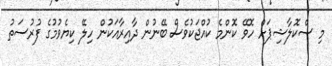
މި ސްކޮލާޝިޕަށް ހޮވޭ ކޮންމެ ކުއްޖަކުވެސް ބޭނުން ދާއިރާއަކުން ހިލޭ ކިޔެވުމުގެ ފުރުސަތު